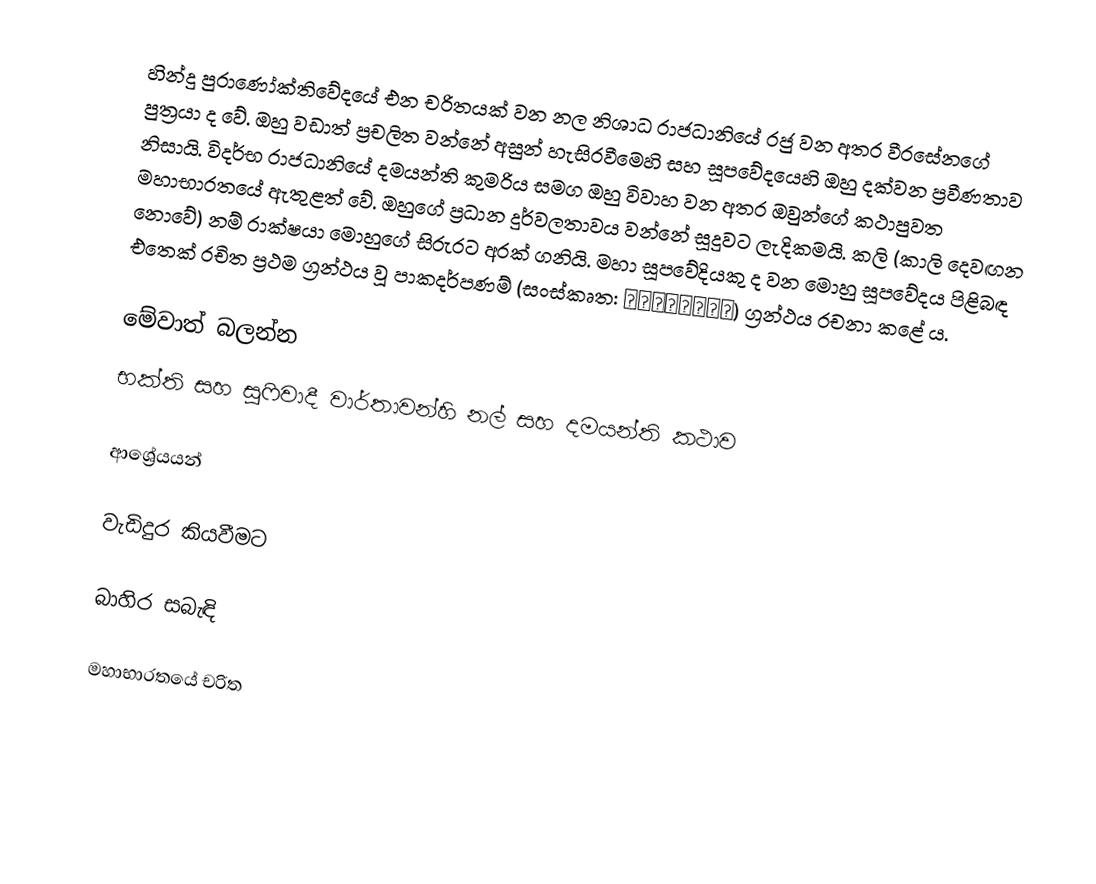
හින්දු පුරාණෝක්තිවේදයේ එන චරිතයක් වන නල නිශාධ රාජධානියේ රජු වන අතර වීරසේනගේ පුත්‍රයා ද වේ. ඔහු වඩාත් ප්‍රචලිත වන්නේ අසුන් හැසිරවීමෙහි සහ සූපවේදයෙහි ඔහු දක්වන ප්‍රවීණතාව නිසායි. විදර්භ රාජධානියේ දමයන්ති කුමරිය සමග ඔහු විවාහ වන අතර ඔවුන්ගේ කථාපුවත මහාභාරතයේ ඇතුළත් වේ. ඔහුගේ ප්‍රධාන දුර්වලතාවය වන්නේ සූදුවට ලැදිකමයි. කලි (කාලි දෙවඟන නොවේ) නම් රාක්ෂයා මොහුගේ සිරුරට අරක් ගනියි. මහා සූපවේදියකු ද වන මොහු සූපවේදය පිළිබඳ එතෙක් රචිත ප්‍රථම ග්‍රන්ථය වූ පාකදර්පණම් (සංස්කෘත: पाकदर्पण) ග්‍රන්ථය රචනා කළේ ය.

මේවාත් බලන්න
භක්ති සහ සුෆිවාදී වාර්තාවන්හි නල් සහ දමයන්ති කථාව

ආශ්‍රේයයන්

වැඩිදුර කියවීමට

බාහිර සබැඳි

මහාභාරතයේ චරිත